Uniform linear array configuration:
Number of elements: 8
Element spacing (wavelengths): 0.5
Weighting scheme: cosine
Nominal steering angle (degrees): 15
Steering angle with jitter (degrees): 13.845
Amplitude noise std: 0.05
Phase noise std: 0.05

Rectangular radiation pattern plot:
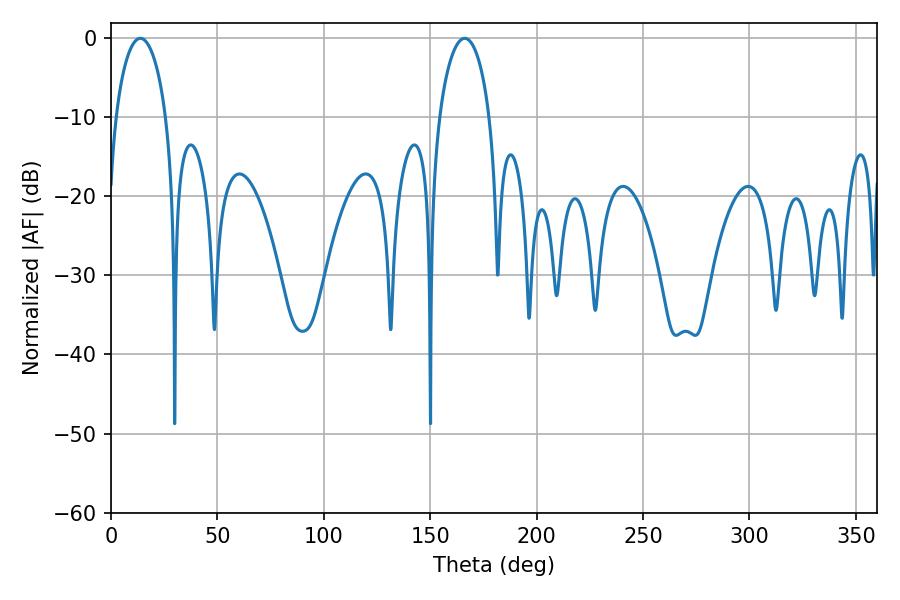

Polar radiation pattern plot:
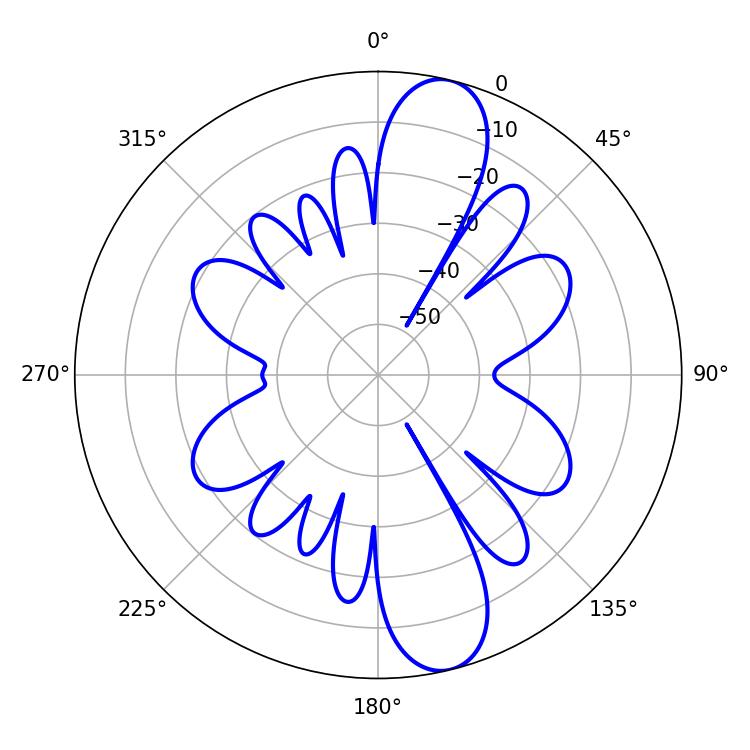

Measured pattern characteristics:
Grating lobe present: FALSE
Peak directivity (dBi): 12.031
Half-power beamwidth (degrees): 13.68
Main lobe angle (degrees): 13.86